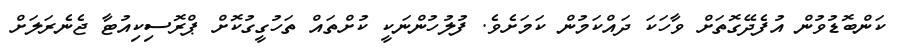
ކަންބޮޑުވުން އުފެދޭގޮތަށް ވާހަކަ ދައްކަމުން ކަމަށެވެ. ފުލުހުންނަކީ ކުށްތައް ތަހުގީގުކޮށް ޕްރޮސިކިއުޓާ ޖެނެރަލަށް